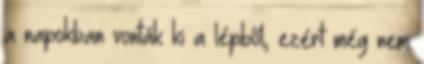
a napokban vonták ki a lépből, ezért még nem